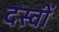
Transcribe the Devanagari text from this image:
दस्वीं